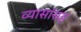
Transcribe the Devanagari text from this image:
व्यासांसह